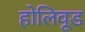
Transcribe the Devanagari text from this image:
होलिवूड